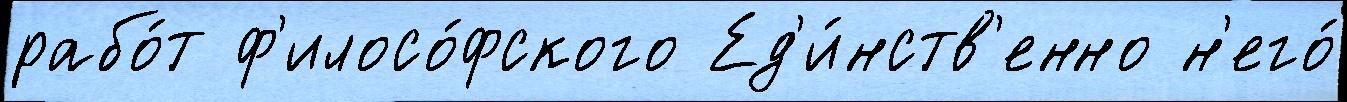
рабо́т ф'илосо́фского Ед'и́нств'енно н'его́